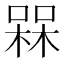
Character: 槑